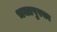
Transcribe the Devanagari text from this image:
भक्तपुरका